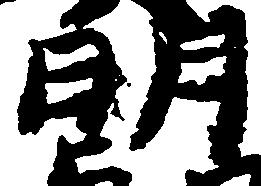
明